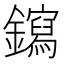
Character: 䥱